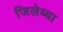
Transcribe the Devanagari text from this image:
जिलेब्या